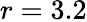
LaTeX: r=3.2